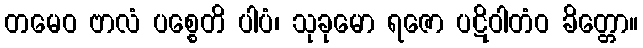
တမေဝ ဗာလံ ပစ္စေတိ ပါပံ၊ သုခုမော ရဇော ပဋိဝါတံဝ ခိတ္တော။